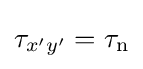
\tau _{x'y'}=\tau _{\mathrm {n} }